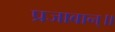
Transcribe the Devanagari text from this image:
प्रजावान्॥